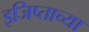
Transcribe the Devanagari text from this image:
इजिप्ताच्या